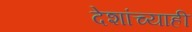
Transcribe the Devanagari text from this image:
देशांच्याही